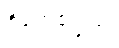
ဝိဟေဌေယျုံ